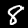
Digit: 8